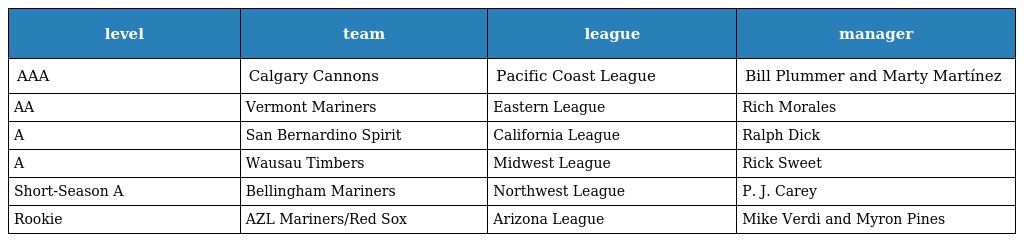
| level | team | league | manager |
 | --- | --- | --- | --- |
 | AAA | Calgary Cannons | Pacific Coast League | Bill Plummer and Marty Martínez |
 | AA | Vermont Mariners | Eastern League | Rich Morales |
 | A | San Bernardino Spirit | California League | Ralph Dick |
 | A | Wausau Timbers | Midwest League | Rick Sweet |
 | Short-Season A | Bellingham Mariners | Northwest League | P. J. Carey |
 | Rookie | AZL Mariners/Red Sox | Arizona League | Mike Verdi and Myron Pines |